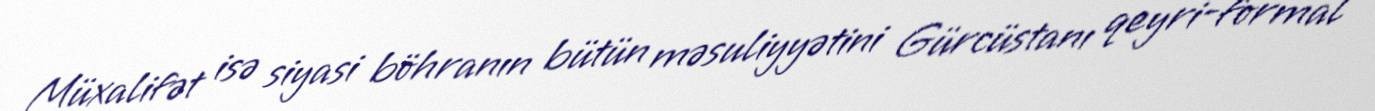
Müxalifət isə siyasi böhranın bütün məsuliyyətini Gürcüstanı qeyri-formal